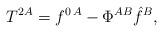
LaTeX: \begin{align*}T^{2A}= f^{0\, A}-\Phi^{AB} \hat{f}^B,\end{align*}